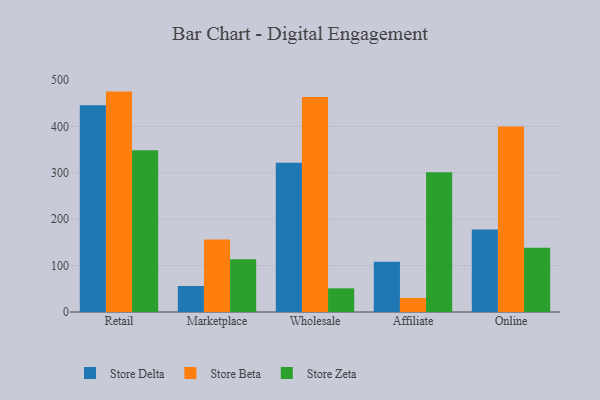
{"axis": {"x": "Channel", "y": "Bounce Rate (%)"}, "legend": ["Store Beta", "Store Delta", "Store Zeta"], "data": [{"x": "Retail", "y": 445.5, "type": "Store Delta"}, {"x": "Retail", "y": 475.0, "type": "Store Beta"}, {"x": "Retail", "y": 348.4, "type": "Store Zeta"}, {"x": "Marketplace", "y": 56.1, "type": "Store Delta"}, {"x": "Marketplace", "y": 156.3, "type": "Store Beta"}, {"x": "Marketplace", "y": 113.8, "type": "Store Zeta"}, {"x": "Wholesale", "y": 321.6, "type": "Store Delta"}, {"x": "Wholesale", "y": 463.4, "type": "Store Beta"}, {"x": "Wholesale", "y": 51.0, "type": "Store Zeta"}, {"x": "Affiliate", "y": 108.4, "type": "Store Delta"}, {"x": "Affiliate", "y": 30.3, "type": "Store Beta"}, {"x": "Affiliate", "y": 301.2, "type": "Store Zeta"}, {"x": "Online", "y": 177.6, "type": "Store Delta"}, {"x": "Online", "y": 399.7, "type": "Store Beta"}, {"x": "Online", "y": 138.3, "type": "Store Zeta"}]}